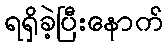
ရရှိခဲ့ပြီးနောက်